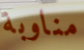
مناوبة